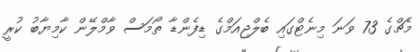
މެޗްގެ 73 ވަނަ މިނެޓްގައި ބެލްޖިއަމްގެ ޑިފެންޑާ ތޯމަސް ވާމްލޭން ކާމިޔާބު ކުރީ